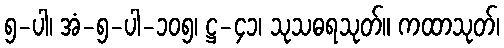
၅-ပါ၊ အံ-၅-ပါ-၁၀၅၊ ဋ္ဌ-၄၁၊ သုသဓရသုတ်။ ကထာသုတ်၊